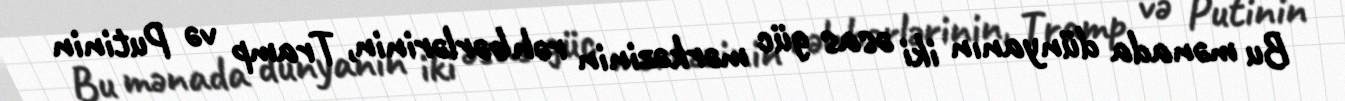
Bu mənada dünyanın iki əsas güc mərkəzinin rəhbərlərinin, Tramp və Putinin